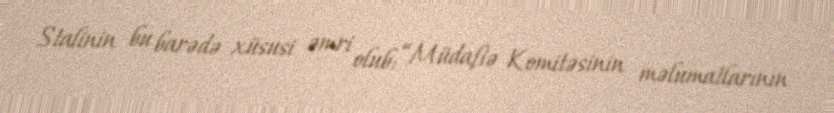
Stalinin bu barədə xüsusi əmri olub: “Müdafiə Komitəsinin məlumatlarının